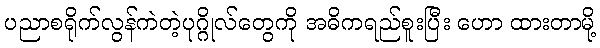
ပညာစရိုက်လွန်ကဲတဲ့ပုဂ္ဂိုလ်တွေကို အဓိကရည်စူးပြီး ဟော ထားတာမို့